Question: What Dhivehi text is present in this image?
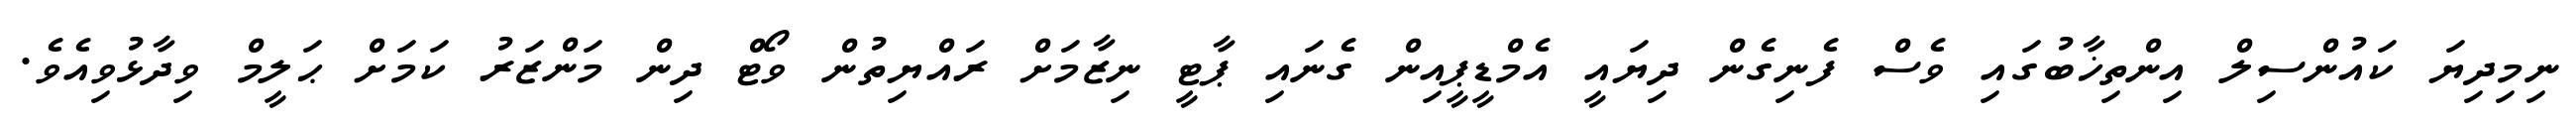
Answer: ނިމިދިޔަ ކައުންސިލް އިންތިޚާބުގައި ވެސް ފެނިގެން ދިޔައީ އެމްޑީޕީއިން ގެނައި ޕާޓީ ނިޒާމަށް ރައްޔިތުން ވޯޓް ދިން މަންޒަރު ކަމަށް ޙަލީމް ވިދާޅުވިއެވެ.